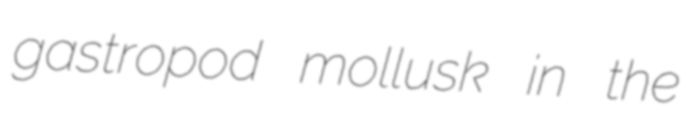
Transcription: gastropod mollusk in the